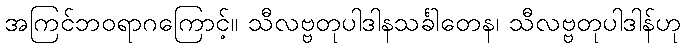
အကြင်ဘဝရာဂကြောင့်။ သီလဗ္ဗတုပါဒါနသင်္ခါတေန၊ သီလဗ္ဗတုပါဒါန်ဟု